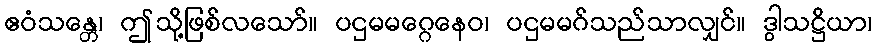
ဧဝံသန္တေ၊ ဤသို့ဖြစ်လသော်။ ပဌမမဂ္ဂေနေဝ၊ ပဌမမဂ်သည်သာလျှင်။ ဒွါသဋ္ဌိယာ၊